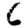
Digit: 6